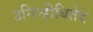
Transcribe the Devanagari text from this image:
उनिन्हीबितेद